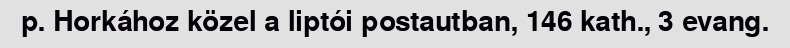
p. Horkához közel a liptói postautban, 146 kath., 3 evang.